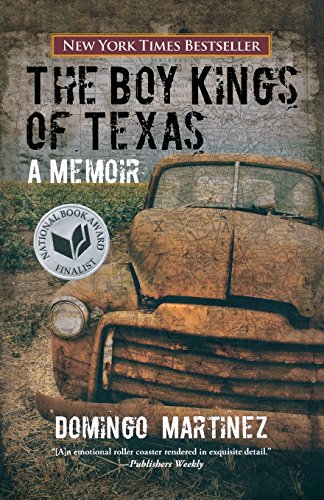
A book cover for Boy Kings of Texas: A Memoir; Domingo Martinez; Biographies & Memoirs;